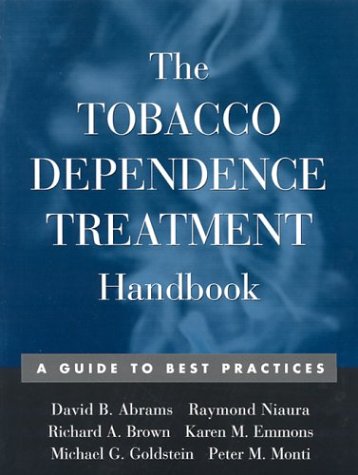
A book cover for The Tobacco Dependence Treatment Handbook: A Guide to Best Practices; David B. Abrams Phd; Health, Fitness & Dieting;